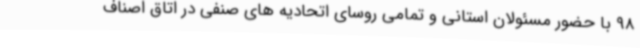
98 با حضور مسئولان استانی و تمامی روسای اتحادیه های صنفی در اتاق اصناف